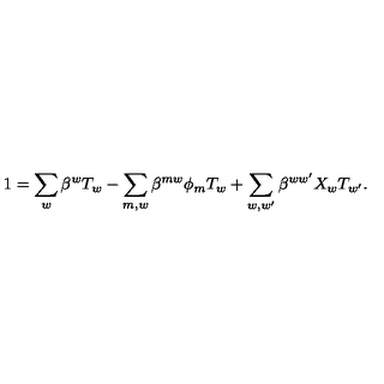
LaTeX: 1 = \sum _ { w } \beta ^ { w } T _ { w } - \sum _ { m , w } \beta ^ { m w } \phi _ { m } T _ { w } + \sum _ { w , w ^ { \prime } } \beta ^ { w w ^ { \prime } } X _ { w } T _ { w ^ { \prime } } .